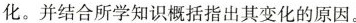
化。并结合所学知识概括指出其变化的原因。